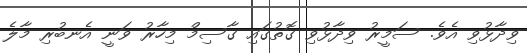
ވިދާޅުވި އެވެ. ސަމީރު ވިދާޅުވި ގޮތުގައި ގާސިމް މިހާރު ވަނީ އެނބުރި މާލެ